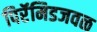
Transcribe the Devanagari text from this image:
पिरॅमिडजवळ